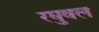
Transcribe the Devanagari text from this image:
रघुवल